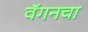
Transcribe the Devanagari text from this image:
वॅगनचा